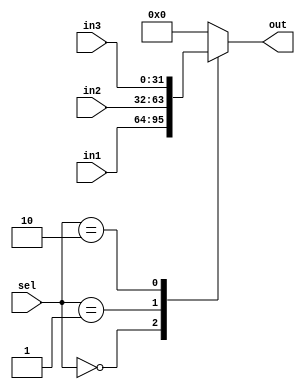
module MUX4X1 #(
    parameter WIDTH = 32
) (
    output reg  [WIDTH-1:0] out, 
    input  wire [WIDTH-1:0] in1, in2, in3,
    input  wire [1:0]       sel
);

always @(*)
    begin
        case (sel)
            2'b00   : out = in1;
            2'b01   : out = in2;
            2'b10   : out = in3;
            default : out = {(WIDTH){1'b0}};
        endcase
    end
endmodule